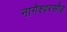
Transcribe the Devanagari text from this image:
नागेश्वरसौड़